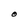
Character: O